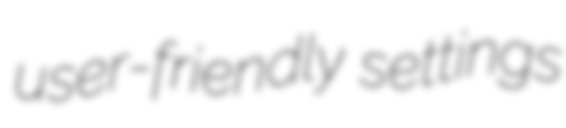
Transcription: user-friendly settings